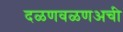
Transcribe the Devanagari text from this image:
दळणवळणअची